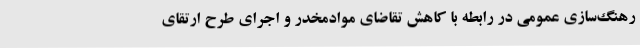
رهنگ‌سازی عمومی در رابطه با کاهش تقاضای موادمخدر و اجرای طرح ارتقای